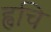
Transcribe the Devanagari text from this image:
ह्वचि